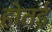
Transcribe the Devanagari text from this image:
होतई